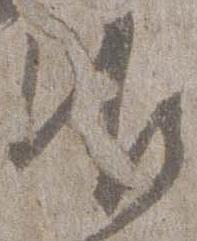
御